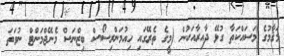
މަޤާމުގެ މަސައްކަތާ ގުޅޭ ދާއިރާއަކުން (މީގެ ތެރޭގައި ހިއުމަންރިސޯސް ބިޒްނަސް މެނޭޖްމަންޓް ނުވަތަ